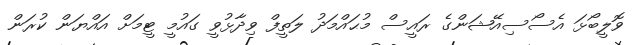
ވޮލީބޯޅަ އެސޯސިއޭޝަންގެ ރައީސް މުޙައްމަދު ލަތީފް ވިދާޅުވީ ގައުމީ ޓީމަށް އައްޔަން ކުރަން